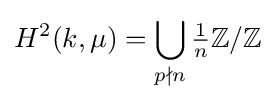
H^{2}(k,\mu )=\bigcup _{p\nmid n}{\tfrac {1}{n}}\mathbb {Z} /\mathbb {Z}